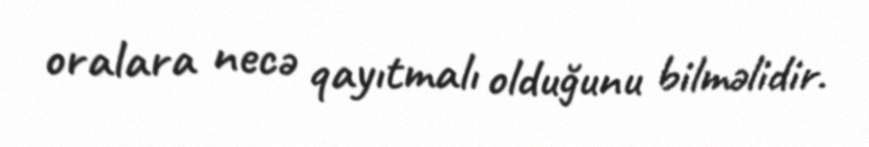
oralara necə qayıtmalı olduğunu bilməlidir.